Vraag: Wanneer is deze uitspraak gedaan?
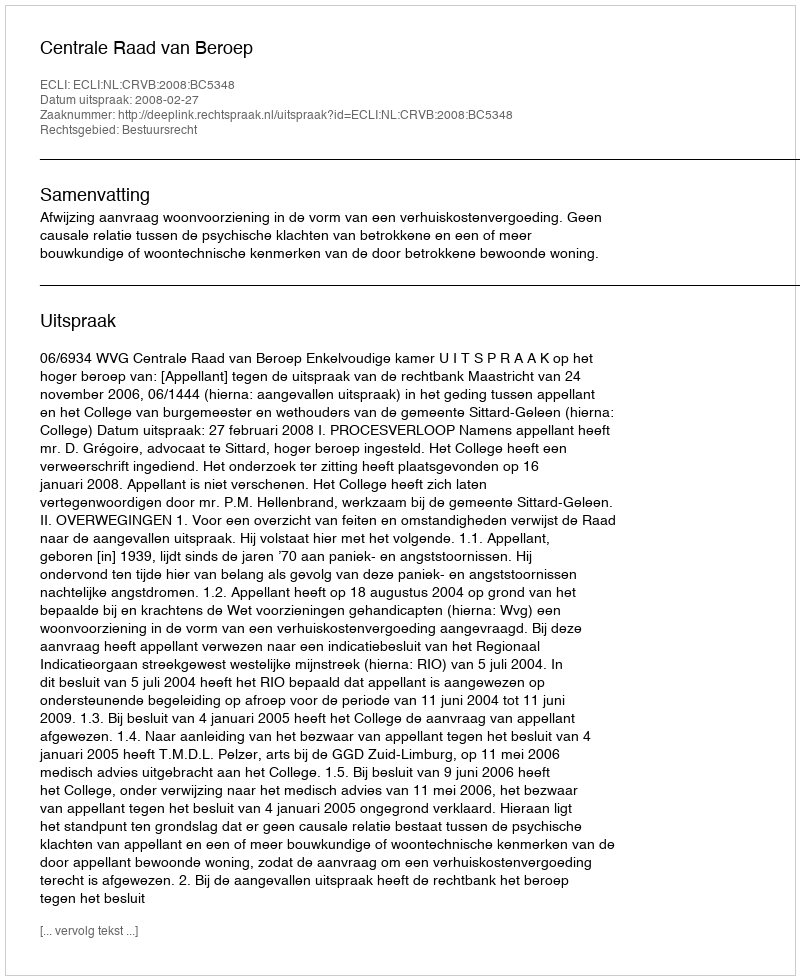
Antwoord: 2008-02-27